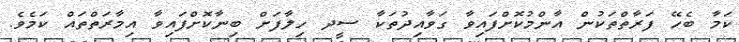
ކަމާ ބެހޭ ފަރާތްތަކުން އާންމުކޮށްފައިވާ ގަވާއިދުތަކާ ސީދ ހިލާފަށް ބިނާކޮށްފައިވާ އިމާރަތްތައް ކަމެވެ.